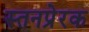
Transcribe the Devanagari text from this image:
स्तनप्रेरक